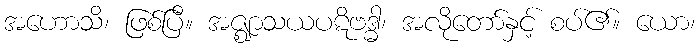
အဟောသိ၊ ဖြစ်ပြီ။ အဇ္ဈာသယပဋိဗဒ္ဓါ၊ အလိုတော်နှင့် စပ်၏။ ယော၊